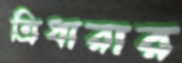
ত্রিধারার